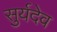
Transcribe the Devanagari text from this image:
सुर्यदेव